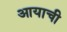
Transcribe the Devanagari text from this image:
आयाची